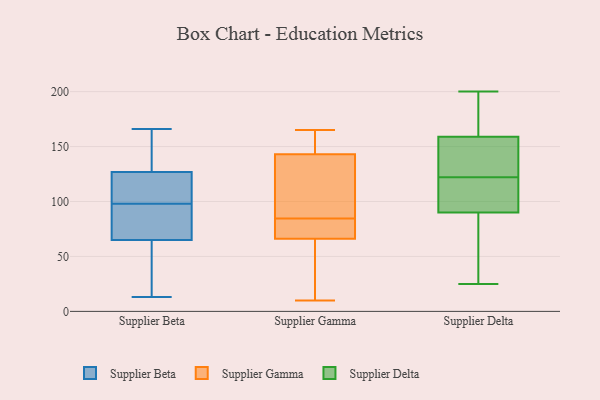
{"axis": {"x": "Gross Profit (USD K)", "y": "Value"}, "legend": ["Supplier Beta", "Supplier Delta", "Supplier Gamma"], "data": [{"x": "", "y": 79, "type": "Supplier Beta"}, {"x": "", "y": 34, "type": "Supplier Beta"}, {"x": "", "y": 99, "type": "Supplier Beta"}, {"x": "", "y": 57, "type": "Supplier Beta"}, {"x": "", "y": 94, "type": "Supplier Beta"}, {"x": "", "y": 58, "type": "Supplier Beta"}, {"x": "", "y": 123, "type": "Supplier Beta"}, {"x": "", "y": 84, "type": "Supplier Beta"}, {"x": "", "y": 62, "type": "Supplier Beta"}, {"x": "", "y": 98, "type": "Supplier Beta"}, {"x": "", "y": 132, "type": "Supplier Beta"}, {"x": "", "y": 13, "type": "Supplier Beta"}, {"x": "", "y": 130, "type": "Supplier Beta"}, {"x": "", "y": 74, "type": "Supplier Beta"}, {"x": "", "y": 128, "type": "Supplier Beta"}, {"x": "", "y": 166, "type": "Supplier Beta"}, {"x": "", "y": 139, "type": "Supplier Beta"}, {"x": "", "y": 117, "type": "Supplier Beta"}, {"x": "", "y": 102, "type": "Supplier Beta"}, {"x": "", "y": 33, "type": "Supplier Gamma"}, {"x": "", "y": 34, "type": "Supplier Gamma"}, {"x": "", "y": 74, "type": "Supplier Gamma"}, {"x": "", "y": 165, "type": "Supplier Gamma"}, {"x": "", "y": 143, "type": "Supplier Gamma"}, {"x": "", "y": 84, "type": "Supplier Gamma"}, {"x": "", "y": 112, "type": "Supplier Gamma"}, {"x": "", "y": 85, "type": "Supplier Gamma"}, {"x": "", "y": 66, "type": "Supplier Gamma"}, {"x": "", "y": 109, "type": "Supplier Gamma"}, {"x": "", "y": 164, "type": "Supplier Gamma"}, {"x": "", "y": 156, "type": "Supplier Gamma"}, {"x": "", "y": 71, "type": "Supplier Gamma"}, {"x": "", "y": 10, "type": "Supplier Gamma"}, {"x": "", "y": 151, "type": "Supplier Delta"}, {"x": "", "y": 105, "type": "Supplier Delta"}, {"x": "", "y": 82, "type": "Supplier Delta"}, {"x": "", "y": 101, "type": "Supplier Delta"}, {"x": "", "y": 176, "type": "Supplier Delta"}, {"x": "", "y": 35, "type": "Supplier Delta"}, {"x": "", "y": 158, "type": "Supplier Delta"}, {"x": "", "y": 114, "type": "Supplier Delta"}, {"x": "", "y": 159, "type": "Supplier Delta"}, {"x": "", "y": 128, "type": "Supplier Delta"}, {"x": "", "y": 171, "type": "Supplier Delta"}, {"x": "", "y": 90, "type": "Supplier Delta"}, {"x": "", "y": 25, "type": "Supplier Delta"}, {"x": "", "y": 151, "type": "Supplier Delta"}, {"x": "", "y": 52, "type": "Supplier Delta"}, {"x": "", "y": 184, "type": "Supplier Delta"}, {"x": "", "y": 116, "type": "Supplier Delta"}, {"x": "", "y": 200, "type": "Supplier Delta"}]}